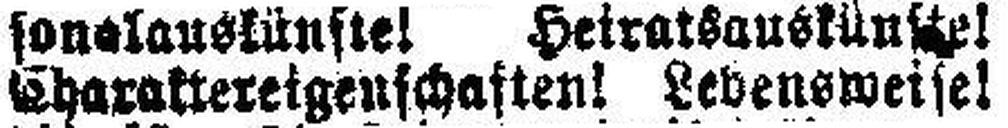
Charaktereigenschaften! Lebensweise!